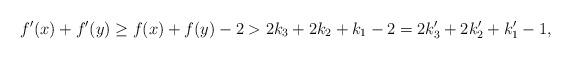
LaTeX: \begin{align*}f'(x)+f'(y)\geq f(x)+f(y)-2 > 2k_3+2k_2+k_1-2 = 2k_3'+2k'_2+k_1'-1,\end{align*}